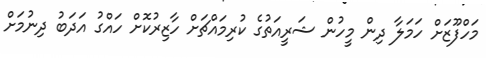
މަހްފޫޒަށް ހަމަލާ ދިން މީހުން ޝަރީއަތުގެ ކުރިމައްޗަށް ހާޒިރުކޮށް ހައްގު އަދަބު ދިނުމަށް